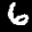
Label: 6